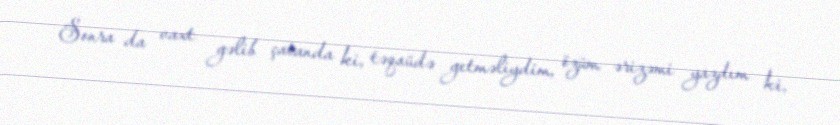
Sonra da vaxt gəlib çatanda ki, təqaüdə getməliydim, özüm ərizəmi yazdım ki,